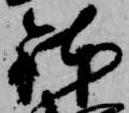
鉢